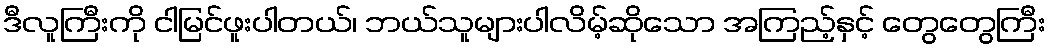
ဒီလူကြီးကို ငါမြင်ဖူးပါတယ်၊ ဘယ်သူများပါလိမ့်ဆိုသော အကြည့်နှင့် တွေတွေကြီး